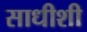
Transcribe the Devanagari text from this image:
साधीशी